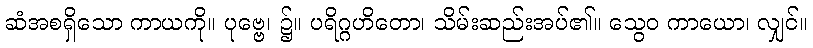
ဆံအစရှိသော ကာယကို။ ပုဗ္ဗေ၊ ၌။ ပရိဂ္ဂဟိတော၊ သိမ်းဆည်းအပ်၏။ သွေဝ ကာယော၊ လျှင်။